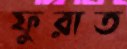
ফুরাত